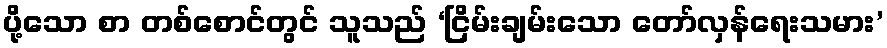
ပို့သော စာ တစ်စောင်တွင် သူသည် ‘ငြိမ်းချမ်းသော တော်လှန်ရေးသမား’